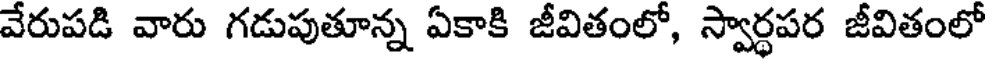
వేరుపడి వారు గడుపుతూన్న ఏకాకి జీవితంలో, స్వార్ధపర జీవితంలో